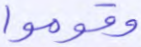
وقوموا